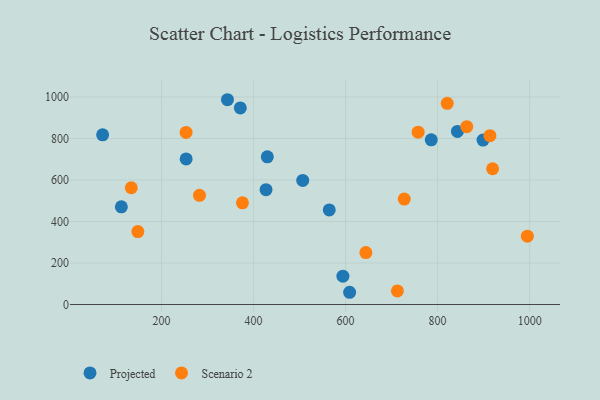
{"axis": {"x": "Investment", "y": "Fuel Efficiency"}, "legend": ["Projected", "Scenario 2"], "data": [{"x": "343.3", "y": 987.1, "type": "Projected"}, {"x": "898.7", "y": 792.7, "type": "Projected"}, {"x": "564.5", "y": 455.8, "type": "Projected"}, {"x": "427.1", "y": 553.6, "type": "Projected"}, {"x": "843.1", "y": 834.5, "type": "Projected"}, {"x": "429.9", "y": 711.8, "type": "Projected"}, {"x": "371.2", "y": 947.8, "type": "Projected"}, {"x": "786.2", "y": 793.8, "type": "Projected"}, {"x": "112.7", "y": 471.0, "type": "Projected"}, {"x": "608.8", "y": 58.9, "type": "Projected"}, {"x": "594.2", "y": 136.4, "type": "Projected"}, {"x": "72.0", "y": 817.7, "type": "Projected"}, {"x": "253.5", "y": 701.8, "type": "Projected"}, {"x": "506.9", "y": 597.9, "type": "Projected"}, {"x": "919.5", "y": 654.3, "type": "Scenario 2"}, {"x": "863.4", "y": 857.0, "type": "Scenario 2"}, {"x": "727.5", "y": 508.2, "type": "Scenario 2"}, {"x": "913.7", "y": 813.6, "type": "Scenario 2"}, {"x": "282.5", "y": 526.4, "type": "Scenario 2"}, {"x": "253.4", "y": 829.5, "type": "Scenario 2"}, {"x": "820.9", "y": 969.8, "type": "Scenario 2"}, {"x": "644.1", "y": 250.5, "type": "Scenario 2"}, {"x": "995.1", "y": 329.2, "type": "Scenario 2"}, {"x": "757.7", "y": 830.5, "type": "Scenario 2"}, {"x": "148.6", "y": 351.6, "type": "Scenario 2"}, {"x": "375.9", "y": 490.2, "type": "Scenario 2"}, {"x": "712.6", "y": 65.3, "type": "Scenario 2"}, {"x": "134.3", "y": 562.8, "type": "Scenario 2"}]}